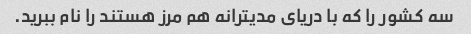
سه کشور را که با دریای مدیترانه هم مرز هستند را نام ببرید.